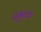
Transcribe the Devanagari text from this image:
प्रमुख्‍य